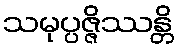
သမုပ္ပဇ္ဇိဿန္တိ